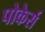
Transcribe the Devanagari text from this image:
पोकेर्स